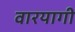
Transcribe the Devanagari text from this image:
वारयागी